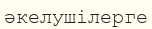
әкелушілерге